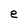
Character: e